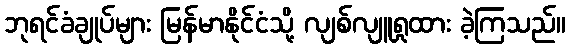
ဘုရင်ခံချုပ်များ မြန်မာနိုင်ငံသို့ လျစ်လျူရှုထား ခဲ့ကြသည်။